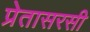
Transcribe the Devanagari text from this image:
प्रेतासरसी